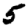
Digit: 5